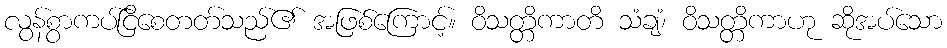
လွန်စွာကပ်ငြိစေတတ်သည်၏ အဖြစ်ကြောင့်။ ဝိသတ္တိကာတိ သံချံ၊ ဝိသတ္တိကာဟု ဆိုအပ်သော